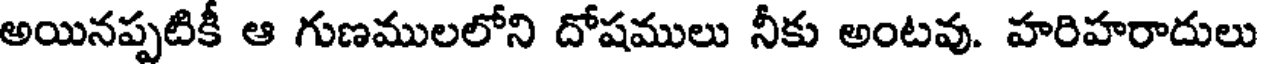
అయినప్పటికీ ఆ గుణములలోని దోషములు నీకు అంటవు. హరిహరాదులు